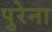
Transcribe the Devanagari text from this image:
पुरेना